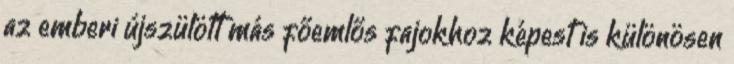
az emberi újszülött más főemlős fajokhoz képest is különösen